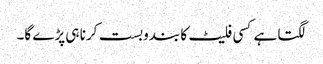
لگتا ہے کسی فلیٹ کا بندوبست کرنا ہی پڑے گا۔